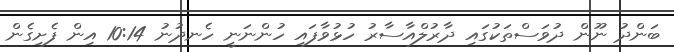
ބަންދު ނޫން ދުވަސްތަކުގައި ދާރުލްއާސާރު ހުޅުވާފައި ހުންނަނީ ހެނދުނު 10:14 އިން ފެށިގެން